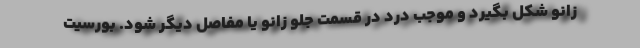
زانو شکل بگیرد و موجب درد در قسمت جلو زانو یا مفاصل دیگر شود. بورسیت